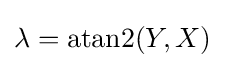
\lambda =\operatorname {atan2} (Y,X)